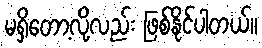
မရှိတော့လို့လည်း ဖြစ်နိုင်ပါတယ်။